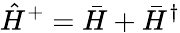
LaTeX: \hat{H}^{+}=\bar{H}+\bar{H}^{\dagger}